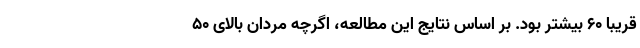
قریباً ۶۰ بیشتر بود. بر اساس نتایج این مطالعه، اگرچه مردان بالای ۵۰